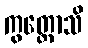
ကွတ္ထောသိ